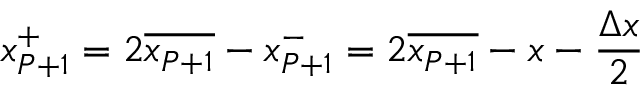
x _ { P + 1 } ^ { + } = 2 \overline { { x _ { P + 1 } } } - x _ { P + 1 } ^ { - } = 2 \overline { { x _ { P + 1 } } } - x - \frac { \Delta x } { 2 }